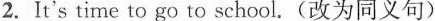
2.It's time to go to school.(改为同义句)